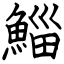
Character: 鯔